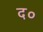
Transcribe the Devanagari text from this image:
द०